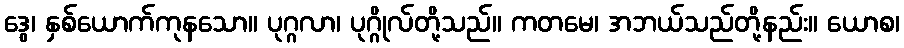
ဒွေ၊ နှစ်ယောက်ကုနသော။ ပုဂ္ဂလာ၊ ပုဂ္ဂိုလ်တို့သည်။ ကတမေ၊ အဘယ်သည်တို့နည်း။ ယောစ၊